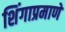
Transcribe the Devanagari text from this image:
शिंगाप्रमाणे